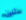
لاثنين